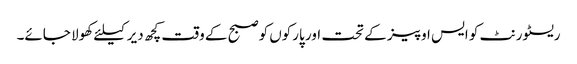
ریسٹورنٹ کو ایس او پیز کے تحت اور پارکوں کوصبح کے وقت کچھ دیر کیلئے کھولا جائے۔